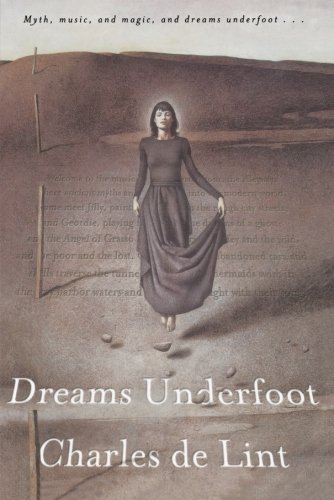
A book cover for Dreams Underfoot: A Newford Collection; Charles de Lint; Science Fiction & Fantasy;